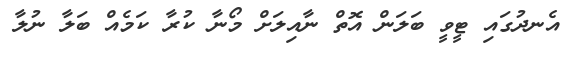
އެނދުގައި ޓީވީ ބަލަން އޮތް ނާއިލަށް މޯނާ ކުރާ ކަމެއް ބަލާ ނުލާ